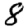
Digit: 8